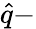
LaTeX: \hat{q}-